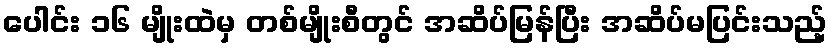
ပေါင်း ၁၆ မျိုးထဲမှ တစ်မျိုးစီတွင် အဆိပ်မြန်ပြီး အဆိပ်မပြင်းသည့်